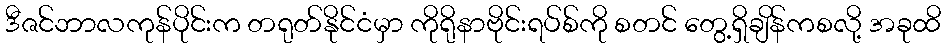
ဒီဇင်ဘာလကုန်ပိုင်းက တရုတ်နိုင်ငံမှာ ကိုရိုနာဗိုင်းရပ်စ်ကို စတင် တွေ့ရှိချိန်ကစလို့ အခုထိ